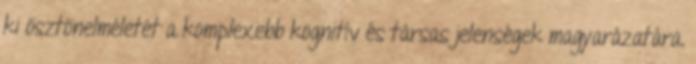
ki ösztönelméletét a komplexebb kognitív és társas jelenségek magyarázatára.